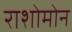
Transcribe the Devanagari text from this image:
राशोमोन